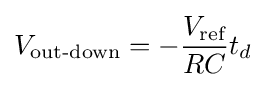
V_{\text{out-down}}=-{\frac {V_{\text{ref}}}{RC}}t_{d}